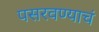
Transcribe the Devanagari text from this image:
पसरवण्याचं